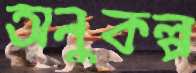
অনুকল্প